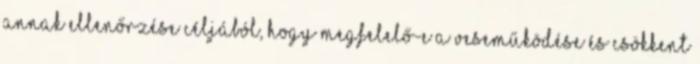
annak ellenőrzése céljából, hogy megfelelő-e a veseműködése és csökkent